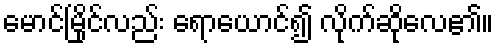
မောင်မြိုင်လည်း ရောယောင်၍ လိုက်ဆိုလေ၏။